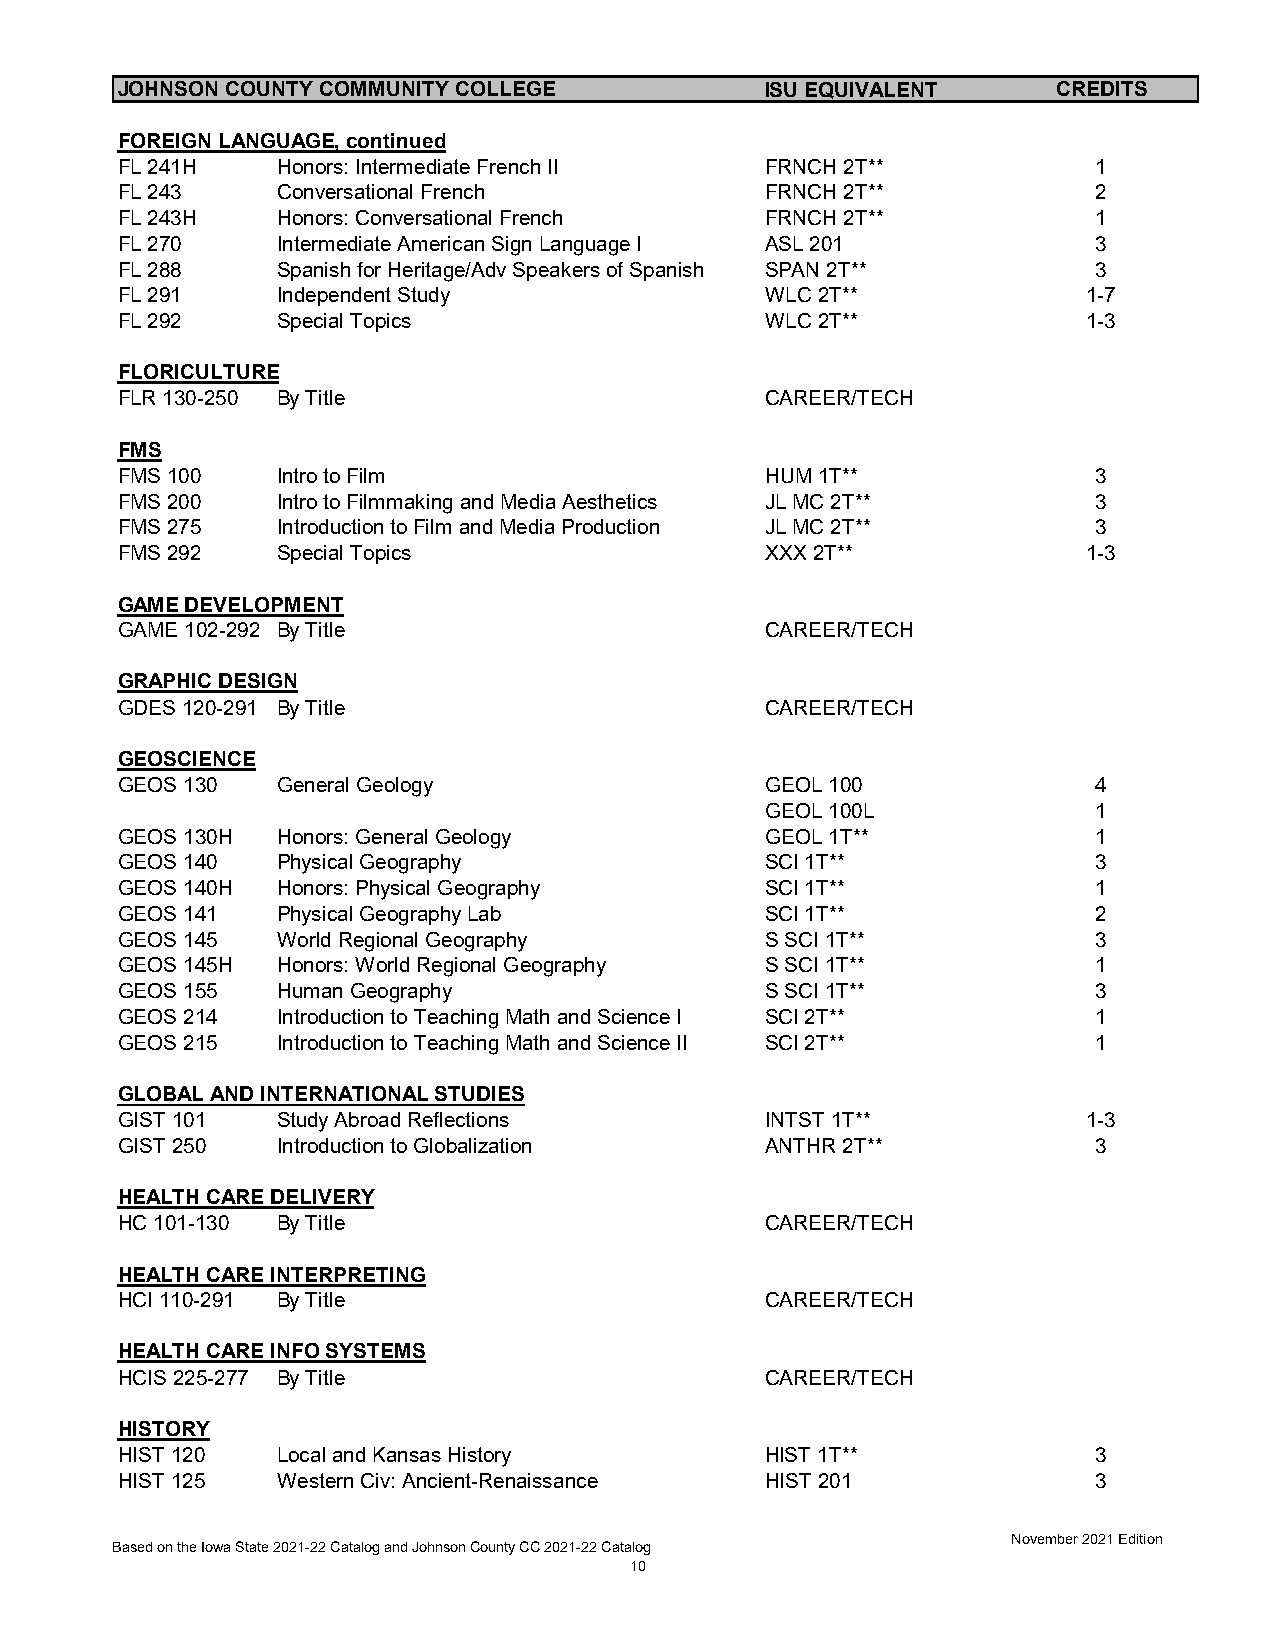
JOHNSON COUNTY COMMUNITY COLLEGE           ISU EQUIVALENT     CREDITS
 FOREIGN LANGUAGE, continued
 FL 241H   Honors: Intermediate French II   FRNCH 2T**            1
 FL 243    Conversational French            FRNCH 2T**            2
 FL 243H   Honors: Conversational French    FRNCH 2T**            1
 FL 270    Intermediate American Sign Language I ASL 201          3
 FL 288    Spanish for Heritage/Adv Speakers of Spanish SPAN 2T** 3
 FL 291    Independent Study                WLC 2T**             1-7
 FL 292    Special Topics                   WLC 2T**             1-3
 FLORICULTURE
 FLR 130-250 By Title                       CAREER/TECH
 FMS
 FMS 100   Intro to Film                    HUM 1T**              3
 FMS 200   Intro to Filmmaking and Media Aesthetics JL MC 2T**    3
 FMS 275   Introduction to Film and Media Production JL MC 2T**   3
 FMS 292   Special Topics                   XXX 2T**             1-3
 GAME DEVELOPMENT
 GAME 102-292 By Title                      CAREER/TECH
 GRAPHIC DESIGN
 GDES 120-291 By Title                      CAREER/TECH
 GEOSCIENCE
 GEOS 130  General Geology                  GEOL 100              4
 GEOL 100L             1
 GEOS 130H Honors: General Geology          GEOL 1T**             1
 GEOS 140  Physical Geography               SCI 1T**              3
 GEOS 140H Honors: Physical Geography       SCI 1T**              1
 GEOS 141  Physical Geography Lab           SCI 1T**              2
 GEOS 145  World Regional Geography         S SCI 1T**            3
 GEOS 145H Honors: World Regional Geography S SCI 1T**            1
 GEOS 155  Human Geography                  S SCI 1T**            3
 GEOS 214  Introduction to Teaching Math and Science I SCI 2T**   1
 GEOS 215  Introduction to Teaching Math and Science II SCI 2T**  1
 GLOBAL AND INTERNATIONAL STUDIES
 GIST 101  Study Abroad Reflections         INTST 1T**           1-3
 GIST 250  Introduction to Globalization    ANTHR 2T**            3
 HEALTH CARE DELIVERY
 HC 101-130 By Title                        CAREER/TECH
 HEALTH CARE INTERPRETING
 HCI 110-291 By Title                       CAREER/TECH
 HEALTH CARE INFO SYSTEMS
 HCIS 225-277 By Title                      CAREER/TECH
 HISTORY
 HIST 120  Local and Kansas History         HIST 1T**             3
 HIST 125  Western Civ: Ancient-Renaissance HIST 201              3
 November 2021 Edition
 Based on the Iowa State 2021-22 Catalog and Johnson County CC 2021-22 Catalog
 10